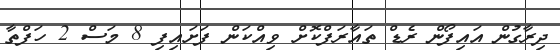
ދިރާގުން އައިފޯން ރެޑް ތައާރަފްކޮށް ވިއްކަން ފަށައިފި 8 މަސް 2 ހަފްތާ